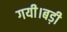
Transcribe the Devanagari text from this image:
गयी।बड़ी